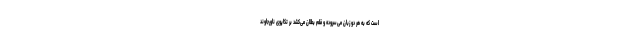
است که به هر دو زبان می‌سروده و قلم بطلان می‌کشد بر تکاپوی ناورجاوند